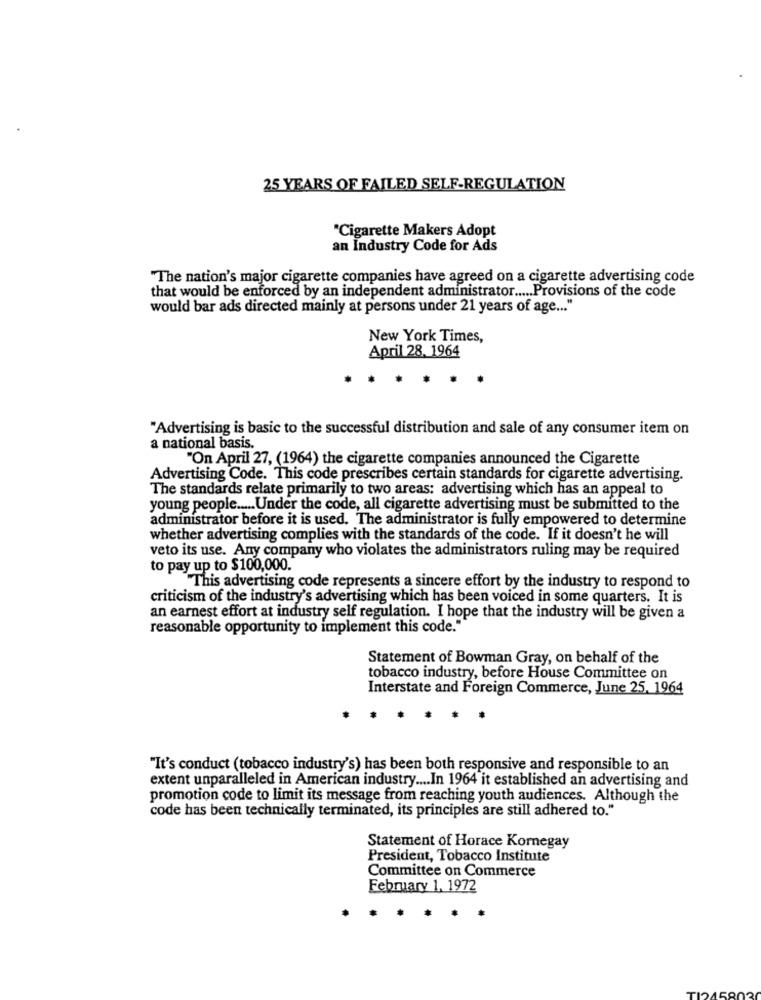
25 YEARS OF FAILED SELF-REGULATION
"Cigarette Makers Adopt
an Industry Code for Ads
"The nation's major cigarette companies have agreed on a cigarette advertising code
that would be enforced by an independent administrator ..... Provisions of the code
would bar ads directed mainly at persons under 21 years of age ... "
New York Times,
April 28. 1964
"Advertising is basic to the successful distribution and sale of any consumer item on
a national basis.
"On April 27, (1964) the cigarette companies announced the Cigarette
Advertising Code. This code prescribes certain standards for cigarette advertising.
The standards relate primarily to two areas: advertising which has an appeal to
young people ..... Under the code, all cigarette advertising must be submitted to the
administrator before it is used. The administrator is fully empowered to determine
whether advertising complies with the standards of the code. If it doesn't he will
veto its use. Any company who violates the administrators ruling may be required
to pay up to $100,000.
"This advertising code represents a sincere effort by the industry to respond to
criticism of the industry's advertising which has been voiced in some quarters. It is
an earnest effort at industry self regulation. I hope that the industry will be given a
reasonable opportunity to implement this code.""
Statement of Bowman Gray, on behalf of the
tobacco industry, before House Committee on
Interstate and Foreign Commerce, June 25. 1964
"It's conduct (tobacco industry's) has been both responsive and responsible to an
extent unparalleled in American industry .... In 1964 it established an advertising and
promotion code to limit its message from reaching youth audiences. Although the
code has been technically terminated, its principles are still adhered to."
Statement of Horace Kornegay
President, Tobacco Institute
Committee on Commerce
February 1, 1972